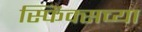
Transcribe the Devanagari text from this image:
स्फिंक्सच्या